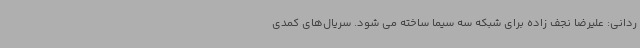
ردانی: علیرضا نجف زاده برای شبکه سه سیما ساخته می شود. سریال‌های کمدی